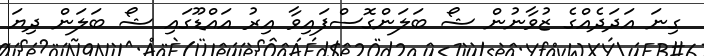
ގިނަ އަދަދެއްގެ ޒުވާނުން ޝޯ ބަލަންގޮސްފައިވާ އިރު އައްޑޫގައި ޝޯ ބަލަން ދިޔަ